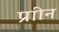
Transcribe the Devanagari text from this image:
प्राीन